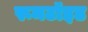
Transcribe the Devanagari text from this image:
रूमटॉइड